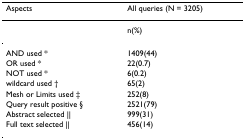
<table><thead><tr><td><b>Aspects</b></td><td><b>All queries (N = 3205)</b></td></tr></thead><tbody><tr><td></td><td>n(%)</td></tr><tr><td>AND used *</td><td>1409(44)</td></tr><tr><td>OR used *</td><td>22(0.7)</td></tr><tr><td>NOT used *</td><td>6(0.2)</td></tr><tr><td>wildcard used †</td><td>65(2)</td></tr><tr><td>Mesh or Limits used ‡</td><td>252(8)</td></tr><tr><td>Query result positive §</td><td>2521(79)</td></tr><tr><td>Abstract selected ||</td><td>999(31)</td></tr><tr><td>Full text selected ||</td><td>456(14)</td></tr></tbody></table>